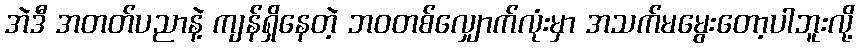
အဲဒီ အတတ်ပညာနဲ့ ကျန်ရှိနေတဲ့ ဘဝတစ်လျှောက်လုံးမှာ အသက်မမွေးတော့ပါဘူးလို့